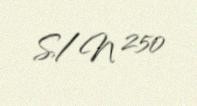
S/N 250